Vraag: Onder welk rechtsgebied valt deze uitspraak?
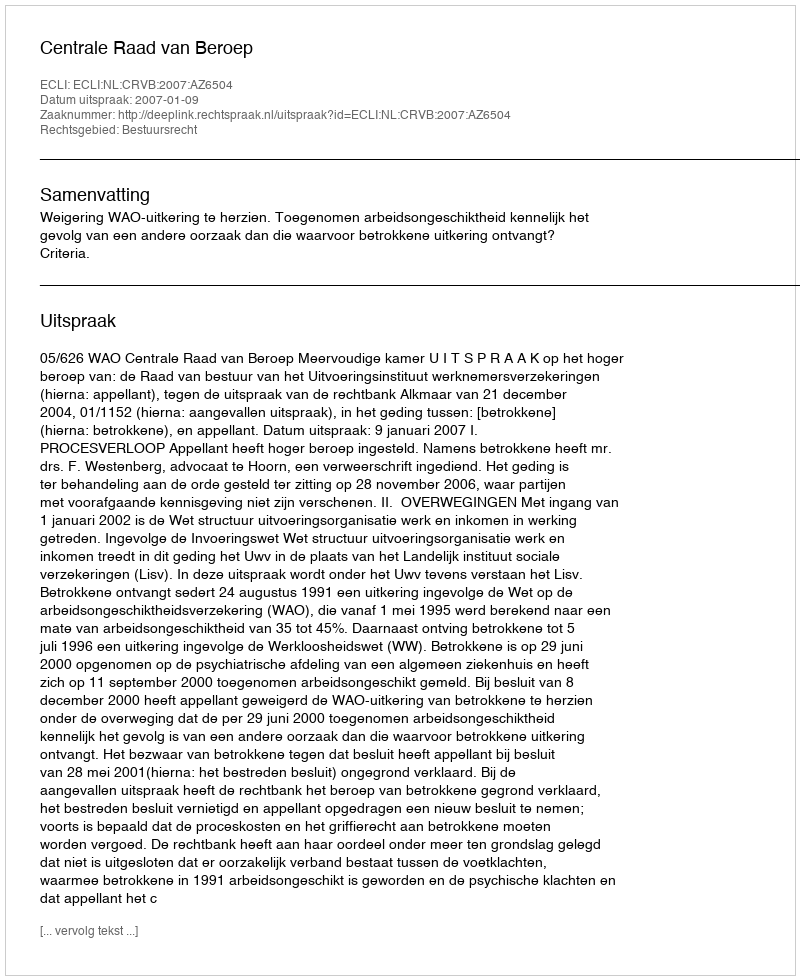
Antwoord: Bestuursrecht